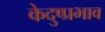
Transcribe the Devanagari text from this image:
केदुष्प्रभाव